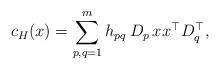
LaTeX: \begin{align*} c_H(x) = \sum_{p,q=1}^m h_{pq} \,D_p\,xx^\top D_q^\top,\end{align*}